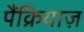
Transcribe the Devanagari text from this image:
पैंक्रियाज़